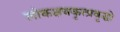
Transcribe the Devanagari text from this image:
लोकक्षयकृत्प्रवृद्धो